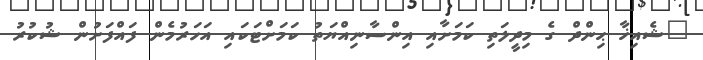
"ޝެއިޚާ ޙިންދް ގެ މިދީލަތި ކަމަށާއި އިންސާނިއްޔަތު ކަމަށްޓަކައި އަހަރުމެން ފައްފަށުން ޝުކުރު